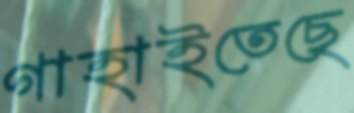
গাহাইতেছে